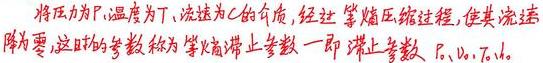
将压力为$P$、温度为$T$、流速为$C$的介质，经过等熵压缩过程，使其流速降为零，这时的参数称为等熵滞止参数，即滞止参数$P_0$、$p_0$、$T_0$、$h_0$。